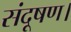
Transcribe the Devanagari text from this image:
संदूषण।